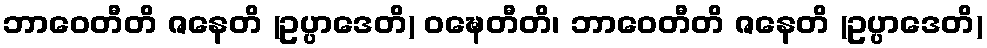
ဘာဝေတီတိ ဇနေတိ (ဥပ္ပာဒေတိ) ဝဍ္ဎေတီတိ၊ ဘာဝေတီတိ ဇနေတိ (ဥပ္ပာဒေတိ)